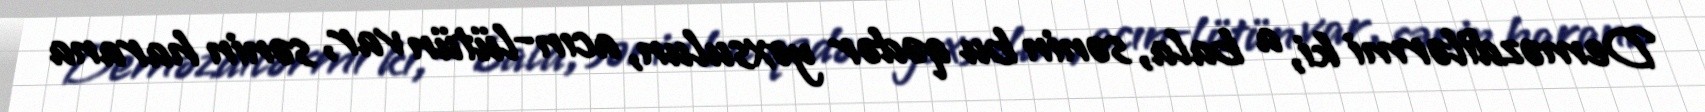
Deməzdilərmi ki, a bala, sənin bu qədər yoxsulun, acın-lütün var, sənin harana